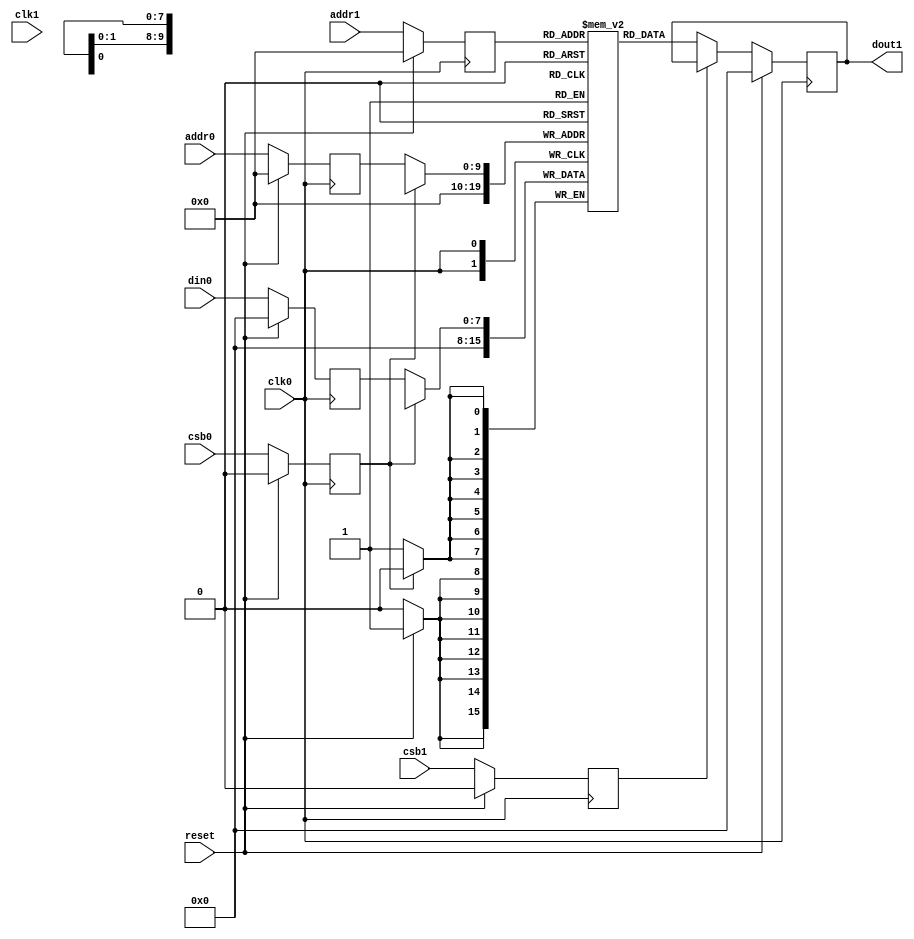
`default_nettype none

module ff_ram #(parameter memsize = 1024,
                parameter aw = $clog2(memsize))
              (
            `ifdef USE_POWER_PINS
                inout vccd1,	// User area 1 1.8V supply
                inout vssd1,	// User area 1 digital ground
            `endif
            input wire reset,
            input wire clk0,
            input wire clk1,
            input wire csb0,
            input wire [aw-1:0] addr0,
            input wire [7:0] din0,
            input wire csb1,
            input wire [aw-1:0] addr1,
            output reg [7:0] dout1);
    
    parameter DATA_WIDTH = 8 ;
    parameter ADDR_WIDTH = aw ;
    
    // Port 0
    reg  csb0_reg;
    reg [ADDR_WIDTH-1:0]  addr0_reg;
    reg [DATA_WIDTH-1:0]  din0_reg;
    
    // Port 1
    reg  csb1_reg;
    reg [ADDR_WIDTH-1:0]  addr1_reg;
    
    // Memory
    reg [DATA_WIDTH-1:0] mem[0:memsize-1];
    
    integer i;
    
    always @(posedge clk0) begin
        csb0_reg  = csb0;
        addr0_reg = addr0;
        din0_reg  = din0;
        
        if (reset) begin
            csb0_reg  = 0;
            addr0_reg = 0;
            din0_reg  = 0;
        end
    end
    
    always @(posedge clk0) begin
        csb1_reg  = csb1;
        addr1_reg = addr1;
        
        if (reset) begin
            csb1_reg  = 0;
            addr1_reg = 0;
        end
    end
    
    always @ (negedge clk0)
        begin : MEM_WRITE0
        // Memory write block port 0
        if (!csb0_reg) begin
            mem[addr0_reg] = din0_reg;
        end
    
        if (reset) begin
            mem[0] = 0;
        end
    end
    
    // Memory Read Block Port 1
    // Read Operation : When web1 = 1, csb1 = 0
    always @ (negedge clk0)
        begin : MEM_READ1
        if (!csb1_reg) begin
            dout1 <= mem[addr1_reg];
        end
    
        if (reset) begin
            dout1 <= 0;
        end
    end
    
endmodule

`default_nettype wire